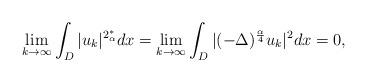
LaTeX: \begin{align*}\lim\limits_{k \to \infty} \int_{D} |u_k|^{2_{\alpha}^*} dx= \lim\limits_{k \to \infty} \int_D |(-\Delta)^{\frac{\alpha}{4}} u_k|^2dx = 0 ,\end{align*}